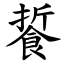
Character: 䭁